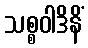
သစ္စဝါဒိနိံ